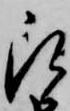
被